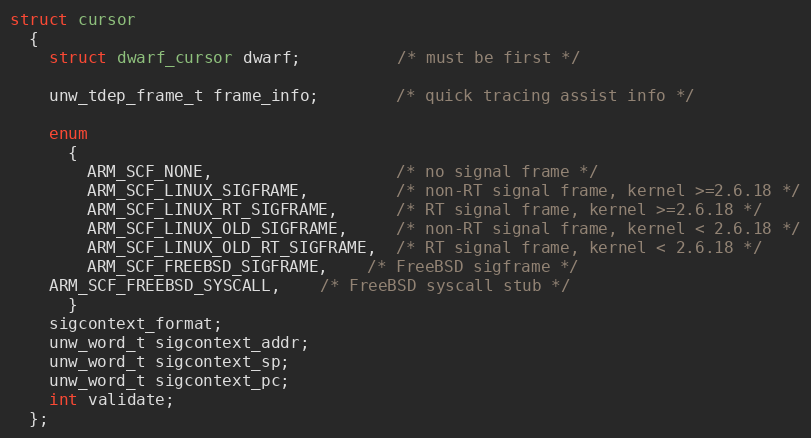
Language: C
struct cursor
  {
    struct dwarf_cursor dwarf;          /* must be first */

    unw_tdep_frame_t frame_info;        /* quick tracing assist info */

    enum
      {
        ARM_SCF_NONE,                   /* no signal frame */
        ARM_SCF_LINUX_SIGFRAME,         /* non-RT signal frame, kernel >=2.6.18 */
        ARM_SCF_LINUX_RT_SIGFRAME,      /* RT signal frame, kernel >=2.6.18 */
        ARM_SCF_LINUX_OLD_SIGFRAME,     /* non-RT signal frame, kernel < 2.6.18 */
        ARM_SCF_LINUX_OLD_RT_SIGFRAME,  /* RT signal frame, kernel < 2.6.18 */
        ARM_SCF_FREEBSD_SIGFRAME,	/* FreeBSD sigframe */
	ARM_SCF_FREEBSD_SYSCALL,	/* FreeBSD syscall stub */
      }
    sigcontext_format;
    unw_word_t sigcontext_addr;
    unw_word_t sigcontext_sp;
    unw_word_t sigcontext_pc;
    int validate;
  };